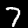
Label: 7